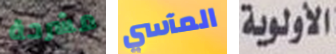
مشرحة المآسي الأولوية